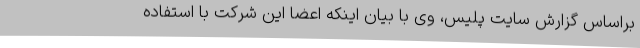
براساس گزارش سایت پلیس، وی با بیان اینکه اعضا این شرکت با استفاده